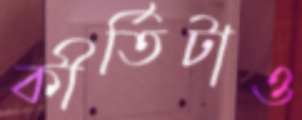
কীর্তিটাও